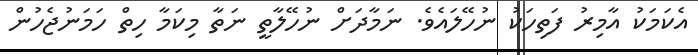
އެކަމަކު އާމިރު ފަތިހަކު ނުހޭލައެވެ. ނަމާދަށް ނުހޭލާތީ ނަތާ މިކަމާ ހިތް ހަމަނުޖެހުން